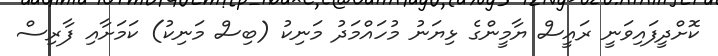
ކޮށްދީފައިވަނީ ރައީސް ޔާމީންގެ ޅިޔަނު މުހައްމަދު މަނިކު (ބިސް މަނިކު) ކަމަށާއި ފާރިސް